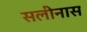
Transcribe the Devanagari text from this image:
सलीनास